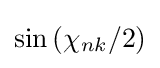
\sin {(\chi _{nk}/2)}